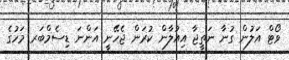
ވޯޓް އަލުން ގުނާ ނަތީޖާ އިއުލާން ކުރަން ޖެހޭނީ އަންނަ ޑިސެމްބަރ މަހުގެ